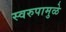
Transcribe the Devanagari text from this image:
स्वरुपामुळे